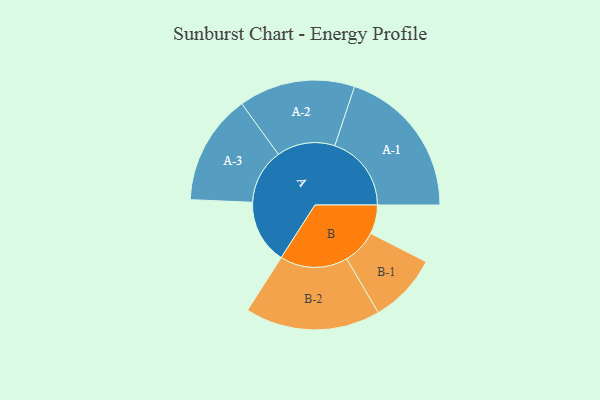
{"axis": {"x": "Segment", "y": "Value"}, "legend": ["", "A", "B"], "data": [{"x": "A", "y": 243, "type": ""}, {"x": "B", "y": 110, "type": ""}, {"x": "A-1", "y": 291, "type": "A"}, {"x": "A-2", "y": 221, "type": "A"}, {"x": "A-3", "y": 210, "type": "A"}, {"x": "B-1", "y": 132, "type": "B"}, {"x": "B-2", "y": 257, "type": "B"}]}